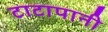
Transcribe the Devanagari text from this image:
टाटापानी